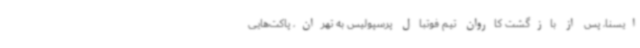
ایسنا، پس از بازگشت کاروان تیم فوتبال پرسپولیس به تهران، پاکت‌هایی